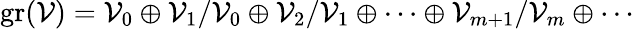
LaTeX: \mathrm{gr}({\cal V})={\cal V}_{0}\oplus{\cal V}_{1}/{\cal V}_{0}\oplus{\cal V}_{2}/{\cal V}_{1}\oplus\cdots\oplus{\cal V}_{m+1}/{\cal V}_{m}\oplus\cdots